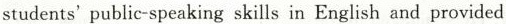
students' public-speaking skills in English and provided